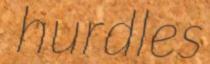
hurdles